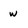
Character: w